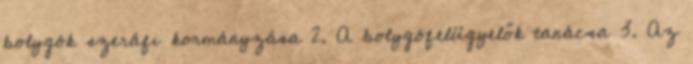
bolygók szeráfi kormányzása 2. A bolygófelügyelők tanácsa 3. Az